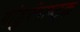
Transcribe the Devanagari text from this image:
पांडुरंगाष्ट्क